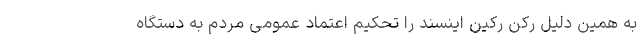
به همین دلیل رکن رکین اینسند را تحکیم اعتماد عمومی مردم به دستگاه